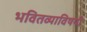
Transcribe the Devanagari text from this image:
भवितव्याविषयी